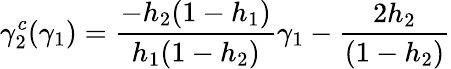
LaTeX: \gamma_{2}^{c}(\gamma_{1})=\frac{-h_{2}(1-h_{1})}{h_{1}(1-h_{2})}\gamma_{1}-\frac{2h_{2}}{(1-h_{2})}